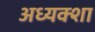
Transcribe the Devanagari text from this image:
अध्यक्शा